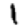
Digit: 1